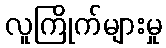
လူကြိုက်များမှု